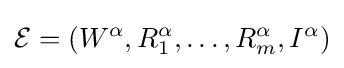
{\mathcal {E}}=(W^{\alpha },R_{1}^{\alpha },\ldots ,R_{m}^{\alpha },I^{\alpha })